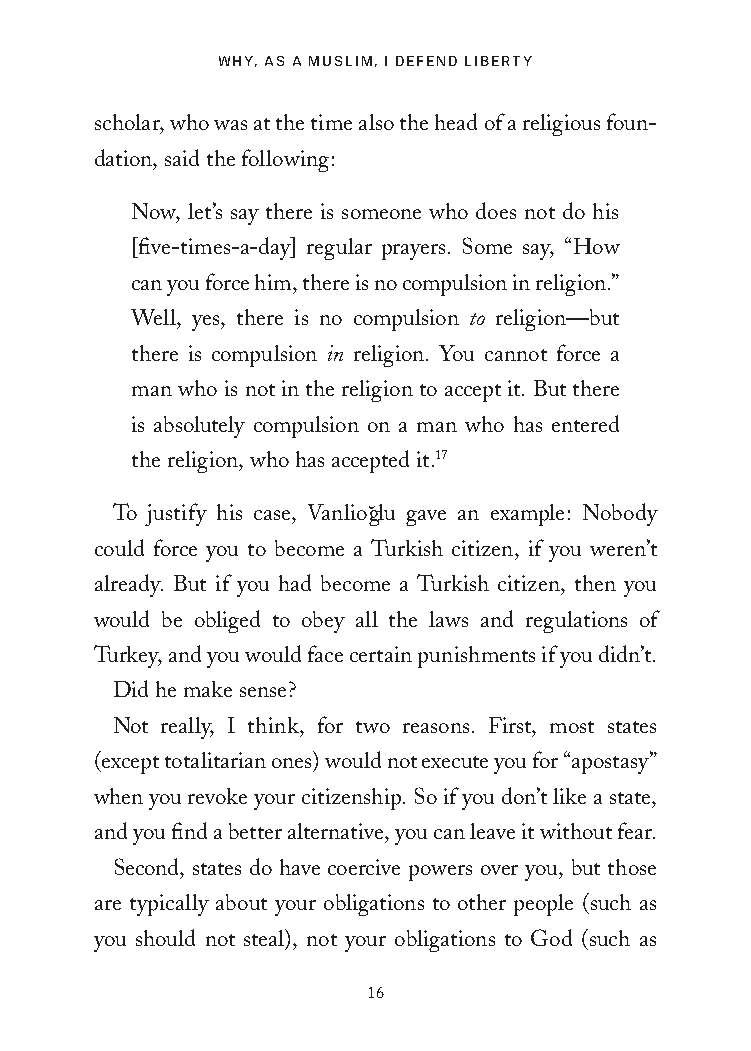
WHY, AS A MUSLIM, I DEFEND LIBERTY
 scholar, who was at the time also the head of a religious foun-
 dation, said the following:
 Now, let’s say there is someone who does not do his
 [five-times-a-day] regular prayers. Some say, “How
 can you force him, there is no compulsion in religion.”
 Well, yes, there is no compulsion to religion—but
 there is compulsion in religion. You cannot force a
 man who is not in the religion to accept it. But there
 is absolutely compulsion on a man who has entered
 the religion, who has accepted it.17
 To justify his case, Vanliog˘lu gave an example: Nobody
 could force you to become a Turkish citizen, if you weren’t
 already. But if you had become a Turkish citizen, then you
 would be obliged to obey all the laws and regulations of
 Turkey, and you would face certain punishments if you didn’t.
 Did he make sense?
 Not really, I think, for two reasons. First, most states
 (except totalitarian ones) would not execute you for “apostasy”
 when you revoke your citizenship. So if you don’t like a state,
 and you find a better alternative, you can leave it without fear.
 Second, states do have coercive powers over you, but those
 are typically about your obligations to other people (such as
 you should not steal), not your obligations to God (such as
 16
 25320_Ch01.indd 16                      24/06/2021 8:32 AM